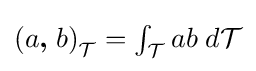
{\textstyle \left(a{\boldsymbol {,}}\;b\right)_{\mathcal {T}}=\int _{\mathcal {T}}ab\;d{\mathcal {T}}}